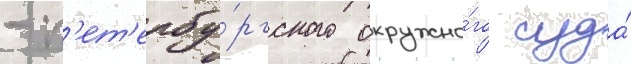
- п'ет'ербу́ргского окружно́го суда́